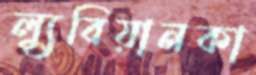
ল্যুবিয়ানকা